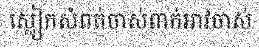
ស្លៀកសំពត់ចាស់ពាក់អាវចាស់